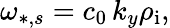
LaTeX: \omega_{*,s}=c_{0}\, k_{y}\rho_{\mathrm{i}},